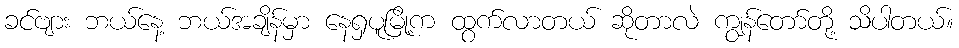
ခင်ဗျား ဘယ်နေ့ ဘယ်အချိန်မှာ နေရှပူမြို့က ထွက်လာတယ် ဆိုတာလဲ ကျွန်တော်တို့ သိပါတယ်။